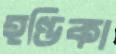
হণ্ডিকা